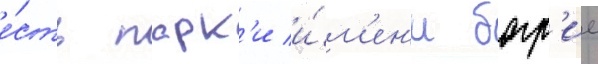
е́сть парк'и и́м'ен'и багр'ие